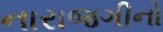
નારાજગીનો